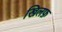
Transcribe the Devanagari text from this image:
खिलफ़